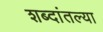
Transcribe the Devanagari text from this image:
शब्दांतल्या